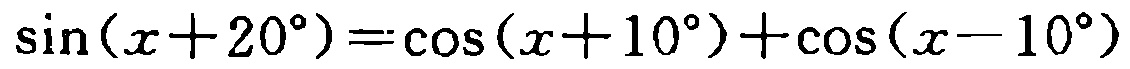
\(\sin(x + 20^{\circ})=\cos(x + 10^{\circ})+\cos(x - 10^{\circ})\)